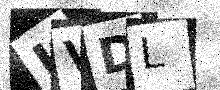
Text: JVDL